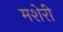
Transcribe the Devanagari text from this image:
मशेरी